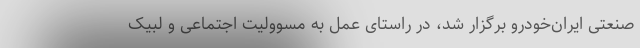
صنعتی ایران‌خودرو برگزار شد، در راستای عمل به مسوولیت اجتماعی و لبیک